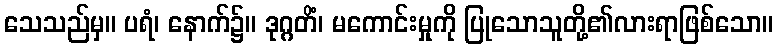
သေသည်မှ။ ပရံ၊ နောက်၌။ ဒုဂ္ဂတိံ၊ မကောင်းမှုကို ပြုသောသူတို့၏လားရာဖြစ်သော။